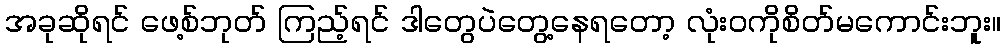
အခုဆိုရင် ဖေ့စ်ဘုတ် ကြည့်ရင် ဒါတွေပဲတွေ့နေရတော့ လုံးဝကိုစိတ်မကောင်းဘူး။